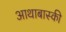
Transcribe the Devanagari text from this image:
आथाबास्की